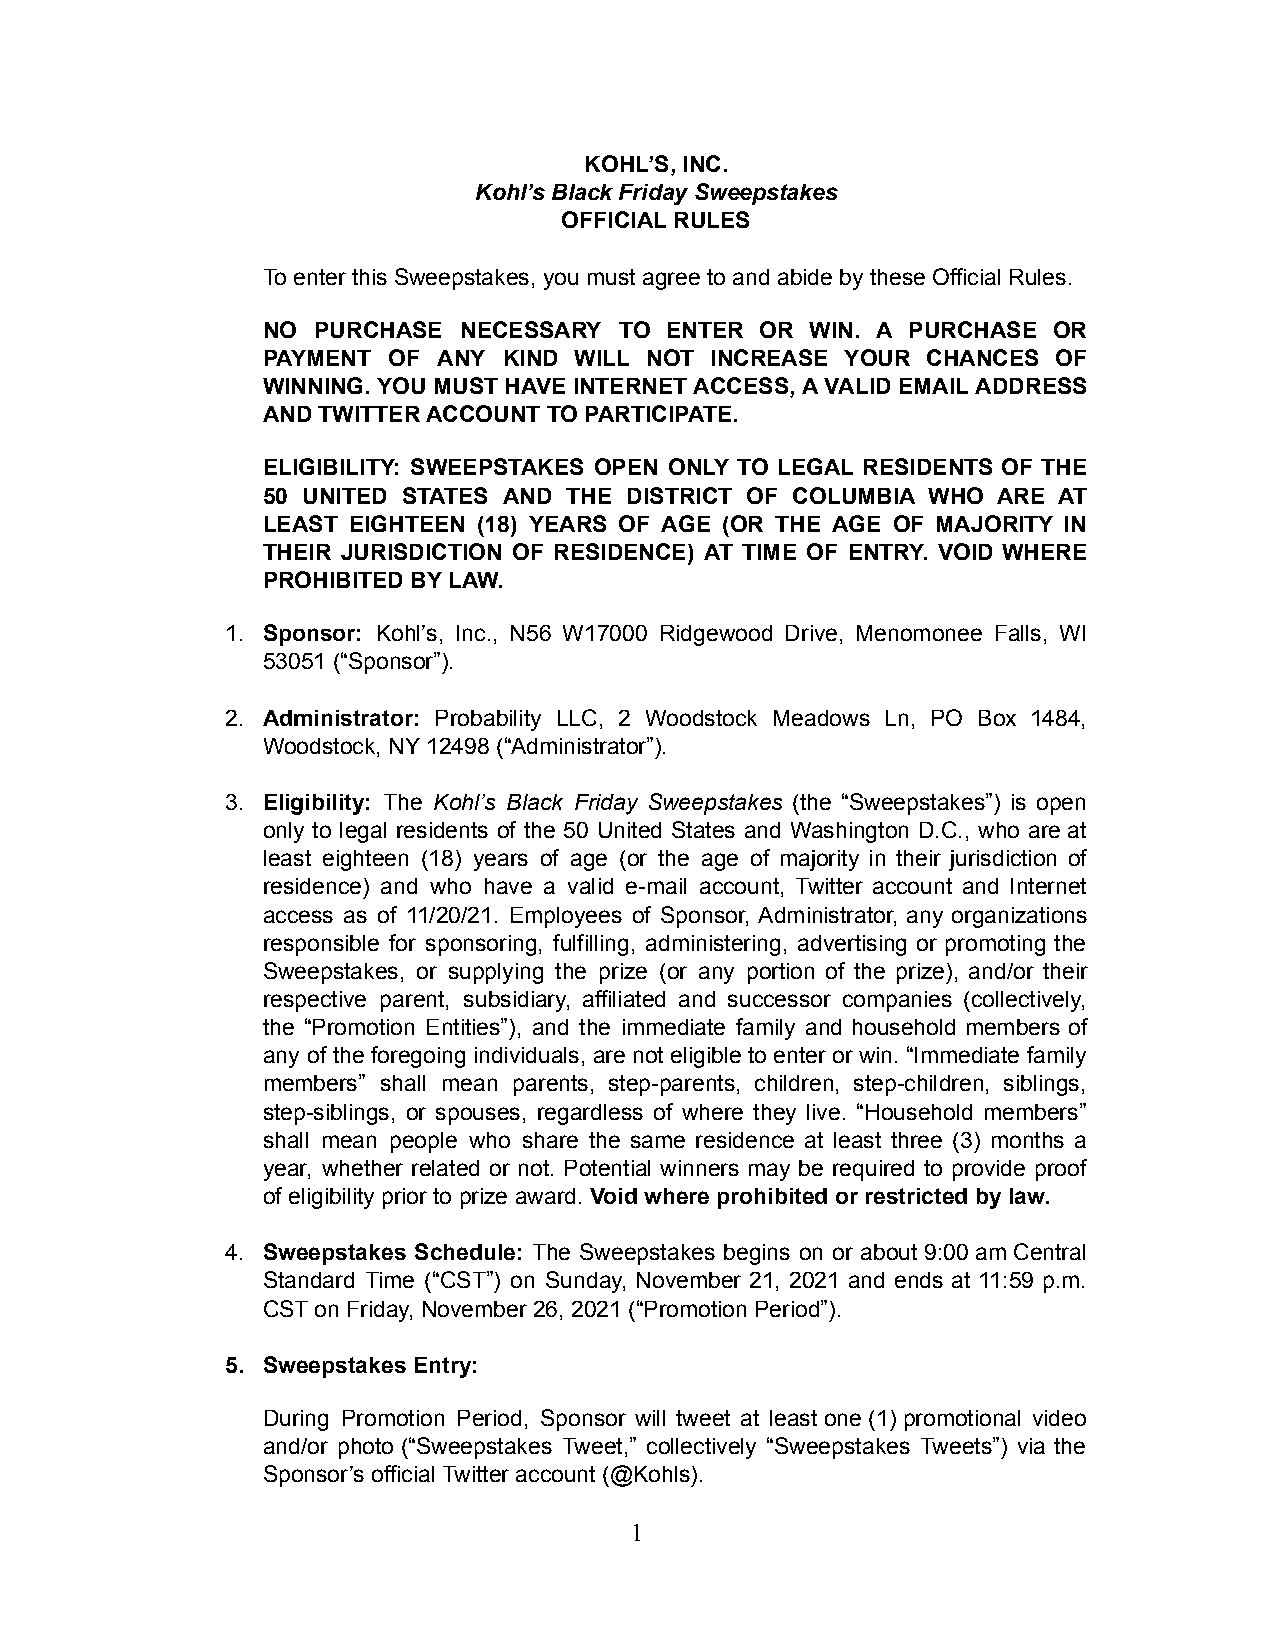
KOHL’S, INC.
 Kohl’s Black Friday Sweepstakes
 OFFICIAL RULES
 To enter this Sweepstakes, you must agree to and abide by these Official Rules.
 NO  PURCHASE NECESSARY  TO ENTER OR  WIN. A PURCHASE OR
 PAYMENT  OF ANY KIND WILL NOT INCREASE YOUR CHANCES  OF
 WINNING. YOU MUST HAVE INTERNET ACCESS, A VALID EMAIL ADDRESS
 AND TWITTER ACCOUNT TO PARTICIPATE.
 ELIGIBILITY: SWEEPSTAKES OPEN ONLY TO LEGAL RESIDENTS OF THE
 50 UNITED STATES AND THE DISTRICT OF COLUMBIA WHO ARE AT
 LEAST EIGHTEEN (18) YEARS OF AGE (OR THE AGE OF MAJORITY IN
 THEIR JURISDICTION OF RESIDENCE) AT TIME OF ENTRY. VOID WHERE
 PROHIBITED BY LAW.
 1. Sponsor: Kohl’s, Inc., N56 W17000 Ridgewood Drive, Menomonee Falls, WI
 53051 (“Sponsor”).
 2. Administrator: Probability LLC, 2 Woodstock Meadows Ln, PO Box 1484,
 Woodstock, NY 12498 (“Administrator”).
 3. Eligibility: The Kohl’s Black Friday Sweepstakes (the “Sweepstakes”) is open
 only to legal residents of the 50 United States and Washington D.C., who are at
 least eighteen (18) years of age (or the age of majority in their jurisdiction of
 residence) and who have a valid e-mail account, Twitter account and Internet
 access as of 11/20/21. Employees of Sponsor, Administrator, any organizations
 responsible for sponsoring, fulfilling, administering, advertising or promoting the
 Sweepstakes, or supplying the prize (or any portion of the prize), and/or their
 respective parent, subsidiary, affiliated and successor companies (collectively,
 the “Promotion Entities”), and the immediate family and household members of
 any of the foregoing individuals, are not eligible to enter or win. “Immediate family
 members” shall mean parents, step-parents, children, step-children, siblings,
 step-siblings, or spouses, regardless of where they live. “Household members”
 shall mean people who share the same residence at least three (3) months a
 year, whether related or not. Potential winners may be required to provide proof
 of eligibility prior to prize award. Void where prohibited or restricted by law.
 4. Sweepstakes Schedule: The Sweepstakes begins on or about 9:00 am Central
 Standard Time (“CST”) on Sunday, November 21, 2021 and ends at 11:59 p.m.
 CST on Friday, November 26, 2021 (“Promotion Period”).
 5. Sweepstakes Entry:
 During Promotion Period, Sponsor will tweet at least one (1) promotional video
 and/or photo (“Sweepstakes Tweet,” collectively “Sweepstakes Tweets”) via the
 Sponsor’s official Twitter account (@Kohls).
 1